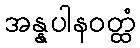
အန္နပါနဝတ္ထံ